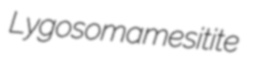
Lygosoma mesitite